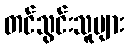
တင်သွင်းသူများ